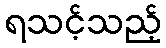
ရသင့်သည့်